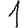
Digit: 1